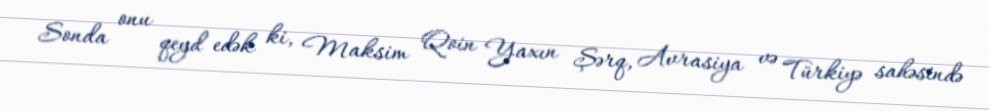
Sonda onu qeyd edək ki, Maksim Qoin Yaxın Şərq, Avrasiya və Türkiyə sahəsində